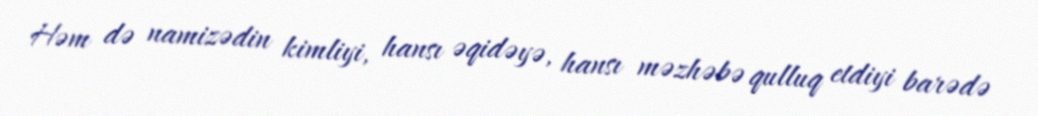
Həm də namizədin kimliyi, hansı əqidəyə, hansı məzhəbə qulluq etdiyi barədə